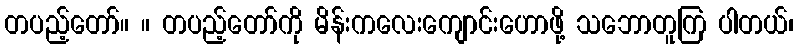
တပည့်တော်။ ။ တပည့်တော်ကို မိန်းကလေးကျောင်းဟောဖို့ သဘောတူကြ ပါတယ်၊